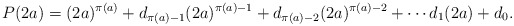
\begin{align*}P(2a) = (2a)^{\pi(a)} + d_{\pi(a) - 1}(2a)^{\pi(a) - 1} + d_{\pi(a) - 2}(2a)^{\pi(a) - 2} + \cdots d_1(2a) + d_0.\end{align*}